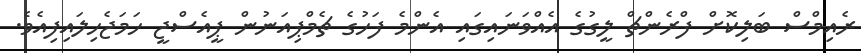
ރެއިމްސް ބަލިކޮށް ފްރެންޗް ލީގުގެ އެއްވަނައިގައި އެންމެ ފަހުގެ ޗެމްޕިއަނުން ޕީއެސްޖީ ހަމަޖެހިލައިފިއެވެ.